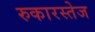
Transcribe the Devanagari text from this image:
रुकारस्तेज